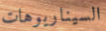
السيناريوهات